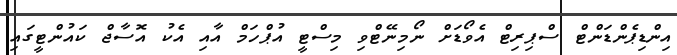
އިންޑިޕެންޑަންޓް ސްޕިރިޓް އެވޯޑަށް ނޯމިނޭޓްވި މިސްޓީ އުޕްހަމް އާއި އެކު އޮސާޖް ކައުންޓީގައި